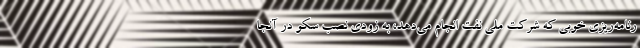
رنامه‌ریزی خوبی که شرکت ملی نفت انجام می‌دهد، به زودی نصب سکو در آنجا